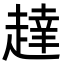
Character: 𬦔